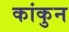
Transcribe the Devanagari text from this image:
कांकुन